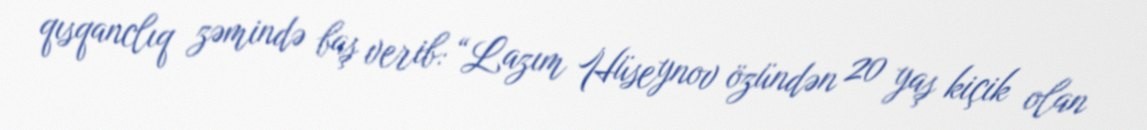
qısqanclıq zəmində baş verib: “Lazım Hüseynov özündən 20 yaş kiçik olan